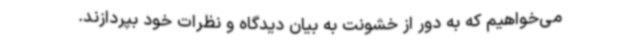
می‌خواهیم که به دور از خشونت به بیان دیدگاه و نظرات خود بپردازند.